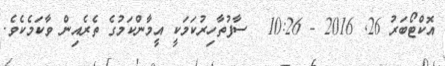
އޮކްޓޯބަރު 26